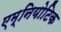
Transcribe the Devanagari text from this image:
एम्नियोटिक